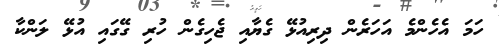
ހަމަ އެހެންމެ އަހަރެން ދިރިއުޅޭ ގެޔާއި ޖެހިގެން ހުރި ގޭގައި އުޅޭ ލަންކާ